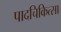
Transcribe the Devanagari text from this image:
पादचिकित्सा